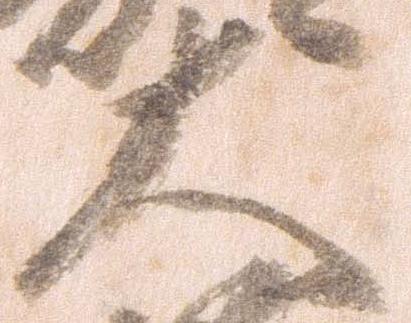
大